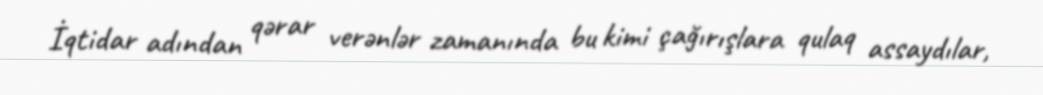
İqtidar adından qərar verənlər zamanında bu kimi çağırışlara qulaq assaydılar,